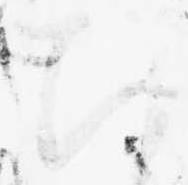
ひ